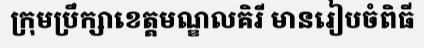
ក្រុមប្រឹក្សាខេត្តមណ្ឌលគិរី មានរៀបចំពិធី